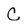
Character: C